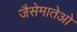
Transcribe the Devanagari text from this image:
जैसेमातेओ